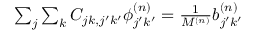
\begin{array} { r } { \sum _ { j } \sum _ { k } C _ { j k , j ^ { \prime } k ^ { \prime } } \phi _ { j ^ { \prime } k ^ { \prime } } ^ { ( n ) } = \frac { 1 } { M ^ { ( n ) } } b _ { j ^ { \prime } k ^ { \prime } } ^ { ( n ) } } \end{array}